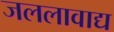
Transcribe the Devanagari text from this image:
जललावाद्य